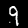
Digit: 9